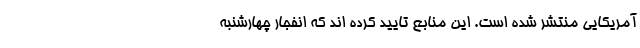
آمریکایی منتشر شده است. این منابع تایید کرده اند که انفجار چهارشنبه